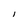
Character: i